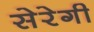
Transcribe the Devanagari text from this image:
सेरेगी